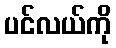
ပင်လယ်ကို